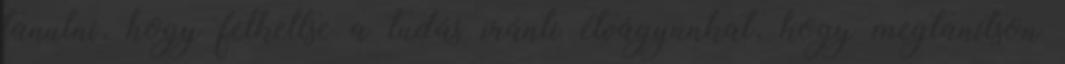
tanulni, hogy felkeltse a tudás iránti étvágyunkat, hogy megtanítson